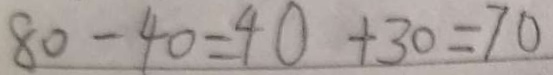
8 0 - 4 0 = 4 0 + 3 0 = 7 0